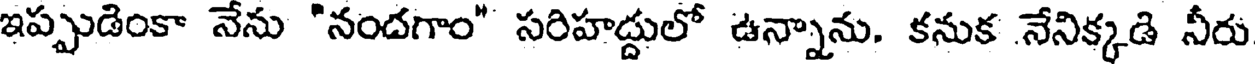
ఇప్పుడింకా నేను "నందగాం" సరిహద్దులో ఉన్నాను. కనుక నేనిక్కడి నీరు